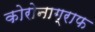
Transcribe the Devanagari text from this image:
कोरोनाग्राफ